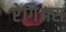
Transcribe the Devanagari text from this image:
रेगिअस